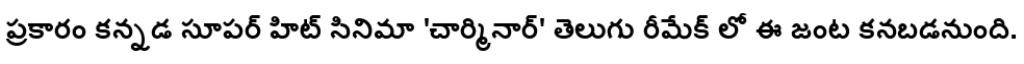
ప్రకారం కన్నడ సూపర్ హిట్ సినిమా 'చార్మినార్' తెలుగు రీమేక్ లో ఈ జంట కనబడనుంది.